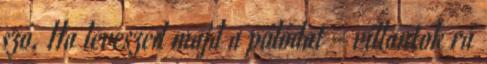
szó. Ha leveszed majd a pólódat - villantok rá